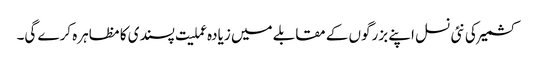
کشمیر کی نئی نسل اپنے بزرگوں کے مقابلے میں زیادہ عملیت پسندی کا مظاہرہ کرے گی۔